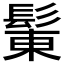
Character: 𩭩